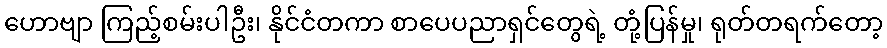
ဟောဗျာ ကြည့်စမ်းပါဦး၊ နိုင်ငံတကာ စာပေပညာရှင်တွေရဲ့ တုံ့ပြန်မှု၊ ရုတ်တရက်တော့